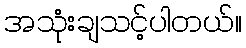
အသုံးချသင့်ပါတယ်။